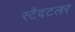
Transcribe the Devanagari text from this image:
स्टैदटलर